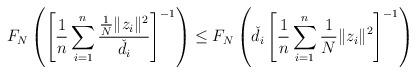
LaTeX: \begin{align*}F_N\left( \left[ \frac1n\sum_{i=1}^{n}\frac{\frac1N\Vert z_i\Vert^2}{\check{d}_i} \right]^{-1} \right) &\leq F_N\left( \check{d}_i \left[ \frac1n\sum_{i=1}^n \frac1N\Vert z_i\Vert^2 \right]^{-1}\right)\end{align*}